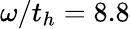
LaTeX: \omega/t_{h}=8.8